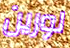
لورين